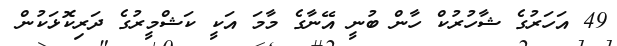
49 އަހަރުގެ ޝާހުރުކް ހާން ބުނީ އޭނާގެ މާމަ އަކީ ކަޝްމީރުގެ ދަރިކޮޅަކުން